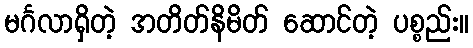
မင်္ဂလာရှိတဲ့ အတိတ်နိမိတ် ဆောင်တဲ့ ပစ္စည်း။